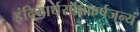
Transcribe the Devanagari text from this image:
इंद्रियार्थसन्निकर्षजन्यं